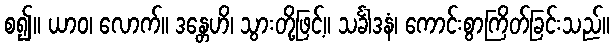
စ၍။ ယာဝ၊ လောက်။ ဒန္တေဟိ၊ သွားတို့ဖြင့်။ သင်္ခါဒနံ၊ ကောင်းစွာကြိတ်ခြင်းသည်။